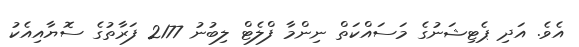
އެެވެ. އަދި ޕެޓިޝަނުގެ މަސައްކަތް ނިންމާ ފްލެޓް ލިބުނު 2177 ފަރާތުގެ ސޮޔާއިއެކު